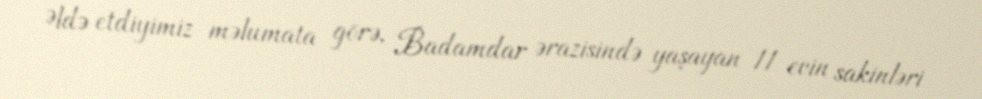
Əldə etdiyimiz məlumata görə, Badamdar ərazisində yaşayan 11 evin sakinləri